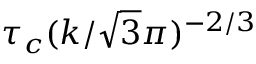
\tau _ { c } ( k / \sqrt { 3 } \pi ) ^ { - 2 / 3 }